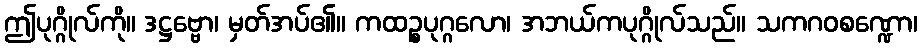
ဤပုဂ္ဂိုလ်ကို။ ဒဋ္ဌဗ္ဗော၊ မှတ်အပ်၏။ ကထဉ္စပုဂ္ဂလော၊ အဘယ်ကပုဂ္ဂိုလ်သည်။ သကဂဝစဏ္ဍော၊